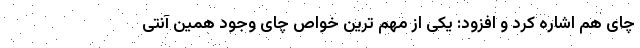
چای هم اشاره کرد و افزود: یکی از مهم ترین خواص چای وجود همین آنتی